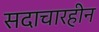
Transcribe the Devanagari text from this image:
सदाचारहीन